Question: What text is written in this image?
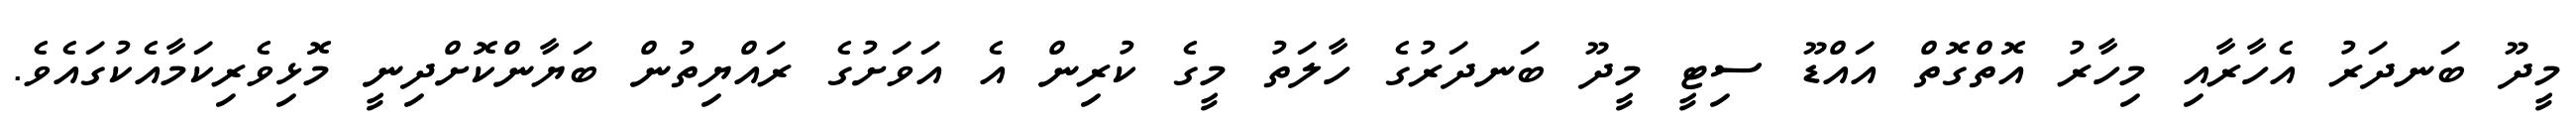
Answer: މީދޫ ބަނދަރު އެހާރާއި މިހާރު އޮތްގޮތް އައްޑޫ ސިޓީ މީދޫ ބަނދަރުގެ ހާލަތު މީގެ ކުރިން އެ އަވަށުގެ ރައްޔިތުން ބަޔާންކޮށްދިނީ މޮޅިވެރިކަމާއެކުގައެވެ.